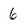
Character: 6